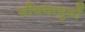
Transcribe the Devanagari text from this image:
जीवनाभुवों